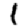
Digit: 1